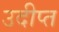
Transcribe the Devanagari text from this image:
उदीप्त